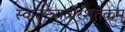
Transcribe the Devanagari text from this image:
स्वातन्त्र्यवीरशतकम्